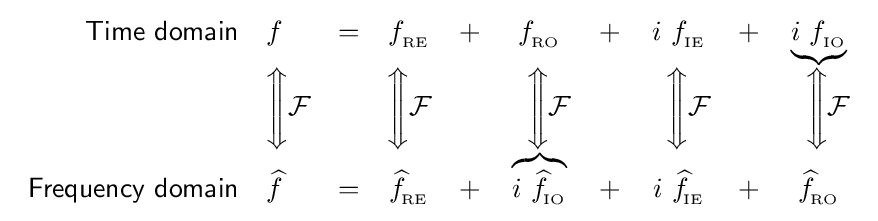
{\begin{array}{rlcccccccc}{\mathsf {Time\ domain}}&f&=&f_{_{\text{RE}}}&+&f_{_{\text{RO}}}&+&i\ f_{_{\text{IE}}}&+&\underbrace {i\ f_{_{\text{IO}}}} \\&{\Bigg \Updownarrow }{\mathcal {F}}&&{\Bigg \Updownarrow }{\mathcal {F}}&&\ \ {\Bigg \Updownarrow }{\mathcal {F}}&&\ \ {\Bigg \Updownarrow }{\mathcal {F}}&&\ \ {\Bigg \Updownarrow }{\mathcal {F}}\\{\mathsf {Frequency\ domain}}&{\widehat {f}}&=&{\widehat {f}}\!_{_{\text{RE}}}&+&\overbrace {i\ {\widehat {f}}\!_{_{\text{IO}}}} &+&i\ {\widehat {f}}\!_{_{\text{IE}}}&+&{\widehat {f}}\!_{_{\text{RO}}}\end{array}}